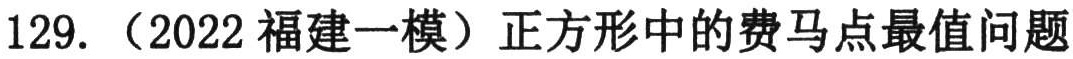
129. （2022 福建一模）正方形中的费马点最值问题